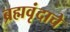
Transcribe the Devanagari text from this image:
ब्रह्मवृंदाचे